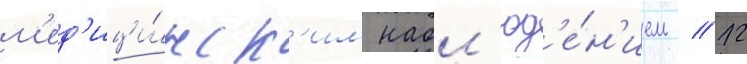
м'ед'ици́нск'им набл'юд'е́н'ием / 12